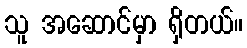
သူ အဆောင်မှာ ရှိတယ်။